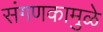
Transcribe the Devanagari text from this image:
संगणकामुळे